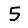
Digit: 5